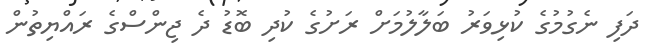
ދަފި ނެގުމުގެ ކުޅިވަރު ބަލާލުމަށް ރަށުގެ ކުދި ބޮޑު ދެ ޖިންސްގެ ރައްޔިތުން